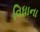
વિધાના